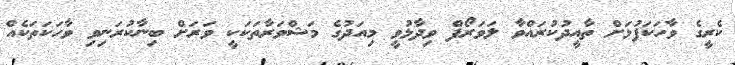
ކެރީގެ ވާހަކަފުޅަށް ތާއީދުކުރައްވާ ލަވަރޯފް ވިދާޅުވީ މިއަދުގެ މަޝްވަރާތަކަކީ ވަރަށް ބިނާކުރަނިވި ވާހަކަތަކެއް